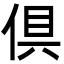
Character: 倶